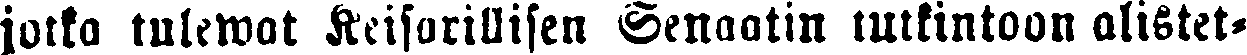
jolka tulewat Keisurillisen Senaatin tutkintoon alistet-